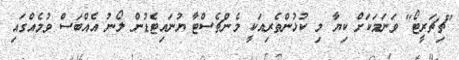
"ޗިޗަރީޓޯ" ވަނަމަކަށް ކިޔާ މި ކުޅުންތެރިއަކީ މެންޗެސްޓާ ޔުނައިޓެޑުން ލޯނު އެއްބަސް ވުމެއްގައި